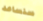
سنساعد